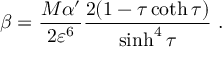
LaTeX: \beta = \frac { M \alpha ^ { \prime } } { 2 \varepsilon ^ { 6 } } \frac { 2 ( 1 - \tau \coth \tau ) } { \sinh ^ { 4 } \tau } \ .